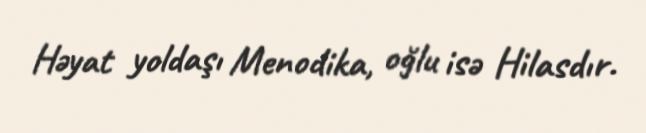
Həyat yoldaşı Menodika, oğlu isə Hilasdır.